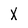
Character: x